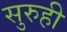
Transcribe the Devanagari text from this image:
सुरुही